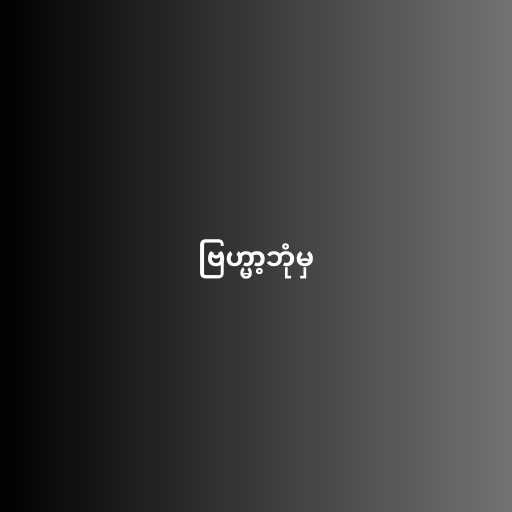
ဗြဟ္မာ့ဘုံမှ